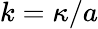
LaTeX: k=\kappa/a